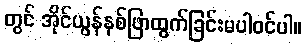
တွင် အိုင်ယွန်နစ်ဖြာထွက်ခြင်းမပါဝင်ပါ။